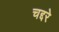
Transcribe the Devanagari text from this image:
चद्दरे